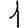
Digit: 1